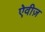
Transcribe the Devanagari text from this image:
ऐवीज़